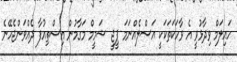
ހައިލަމް ވިދާޅުވީ އެ ވާހަކަތަކަކީ އަސްލެއްނަމަ ޕީޖީ ޝަމީމް މަގާމުން އިސްތިއުފާ ދެއްވަންޖެހޭނެ